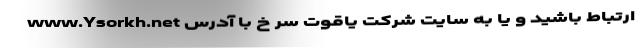
ارتباط باشید و یا به سایت شرکت یاقوت سر خ با آدرس www.Ysorkh.net